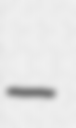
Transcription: –